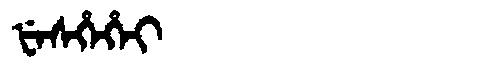
Manchu: ᡶᡝᠰᡥᡝᡥᡝᡳ
Romanization: FESHEHEI